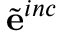
\tilde { \bf e } ^ { i n c }